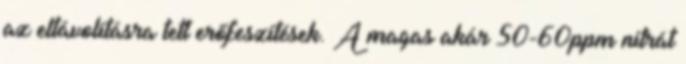
az eltávolításra tett erőfeszítések. A magas akár 50-60ppm nitrát